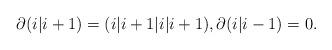
LaTeX: \begin{align*}\partial(i|i+1)=(i|i+1|i|i+1), \partial(i|i-1)=0.\end{align*}